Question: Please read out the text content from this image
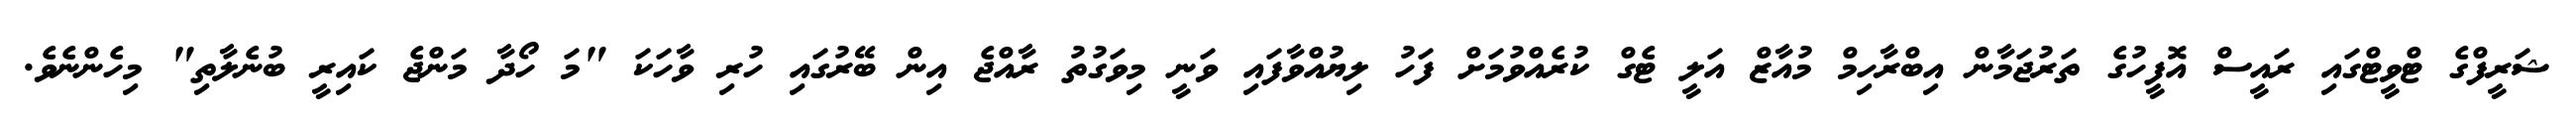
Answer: ޝަރީފްގެ ޓްވީޓްގައި ރައީސް އޮފީހުގެ ތަރުޖަމާން އިބްރާހިމް މުއާޒް އަލީ ޓެގް ކުރެއްވުމަށް ފަހު ލިޔުއްވާފައި ވަނީ މިވަގުތު ރާއްޖެ އިން ބޭރުގައި ހުރި ވާހަކަ "މަ ހޯދާ މަންޖެ ކައިރީ ބުނެލާތި" މިހެންނެވެ.